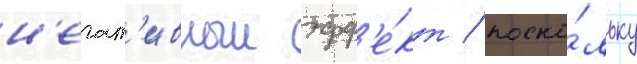
н'егат'ивныи эфф'е́кт / поско́льку